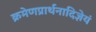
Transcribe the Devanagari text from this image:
क्रमेणप्रार्थनादिज्ञेयं